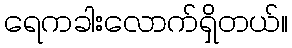
ရေကခါးလောက်ရှိတယ်။